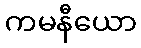
ကမနီယော